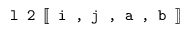
\texttt { l 2 } [ \! [ \texttt { i , j , a , b } ] \! ]